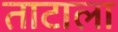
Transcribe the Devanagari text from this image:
ताटाला